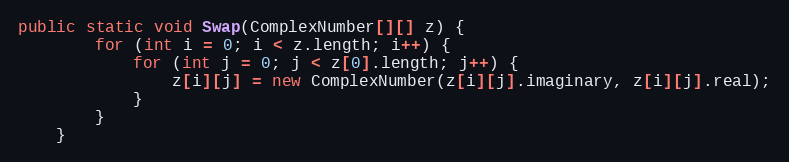
Language: Java
public static void Swap(ComplexNumber[][] z) {
        for (int i = 0; i < z.length; i++) {
            for (int j = 0; j < z[0].length; j++) {
                z[i][j] = new ComplexNumber(z[i][j].imaginary, z[i][j].real);
            }
        }
    }